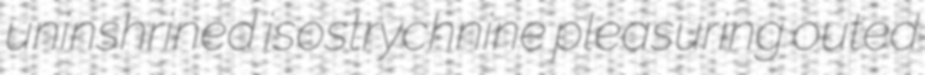
uninshrined isostrychnine pleasuring outed